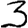
Digit: 3